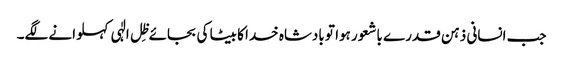
جب انسانی ذہن قدرے باشعور ہوا تو بادشاہ خدا کا بیٹا کی بجائے ظِل الٰہی کہلوانے لگے۔